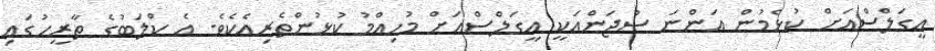
އީގަލްސްއަށް ކުޅެމުން އަންނަ ސުޖަންއަކީ އީގަލްސްއަށް މުހިއްމު ކުޅުންތެރިއެކެވެ. އެ ކްލަބުގެ ތާރީހުގައި